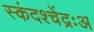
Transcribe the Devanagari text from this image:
स्कंदश्चेंद्रःअ